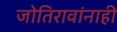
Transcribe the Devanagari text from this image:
जोतिरावांनाही